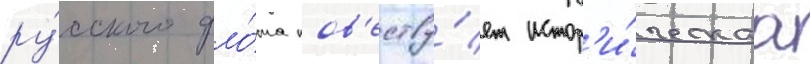
ру́сского фло́та пов'еству́ет истор'и́ческаа